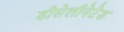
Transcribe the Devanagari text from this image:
डीसेलीनेटेड